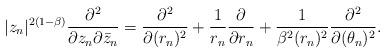
LaTeX: \begin{align*}|z_n|^{2(1-\beta)}\frac{\partial^2}{\partial z_n\partial \bar z_n} = \frac{\partial^2}{\partial (r_n)^2} + \frac{1}{r_n}\frac{\partial}{\partial r_n} + \frac{1}{\beta^2 (r_n)^2}\frac{\partial^2}{\partial (\theta_n)^2}.\end{align*}